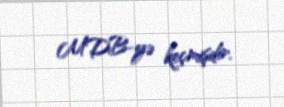
MDB-yə keçmişdir.